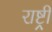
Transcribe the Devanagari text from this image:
राष्ट्र्री